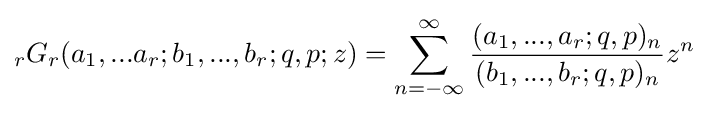
\displaystyle {}_{r}G_{r}(a_{1},...a_{r};b_{1},...,b_{r};q,p;z)=\sum _{n=-\infty }^{\infty }{\frac {(a_{1},...,a_{r};q,p)_{n}}{(b_{1},...,b_{r};q,p)_{n}}}z^{n}